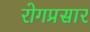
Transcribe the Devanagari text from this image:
रोगप्रसार